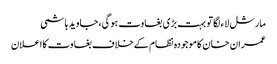
مارشل لاء لگا تو بہت بڑی بغاوت ہوگی، جاوید ہاشمی
عمران خان کاموجودہ نظام کےخلاف بغاوت کااعلان